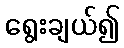
ရွေးချယ်၍